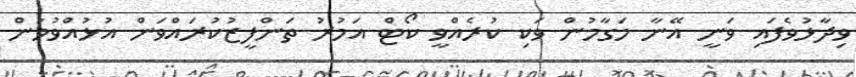
ވިދާޅުވެފައި ވަނީ އޭނާ މަގާމުން ވަކި ކުރެއްވީ ކޯޓް އަމުރު ތަންފީޒުކުރައްވަން އުޅުއްވުމުން